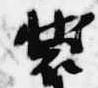
装